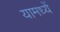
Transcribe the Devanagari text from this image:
यामध्यें